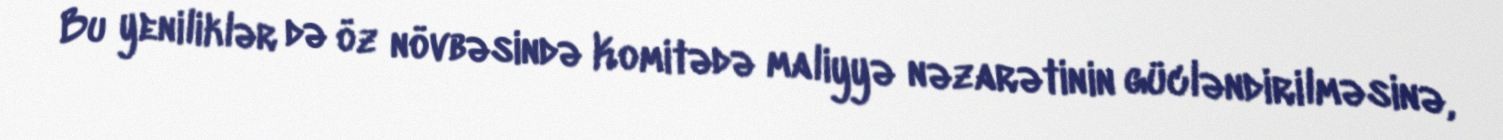
Bu yeniliklər də öz növbəsində Komitədə maliyyə nəzarətinin gücləndirilməsinə,